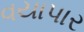
વયાપાર